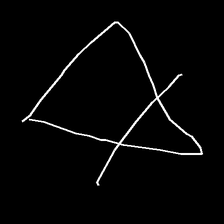
Glyph: empower